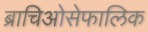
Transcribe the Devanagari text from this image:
ब्राचिओसेफालिक